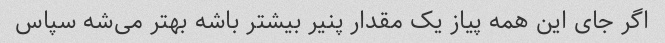
اگر جای این همه پیاز یک مقدار پنیر بیشتر باشه بهتر می‌شه سپاس